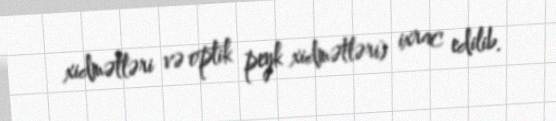
xidmətləri və optik peyk xidmətləri) ixrac edilib.